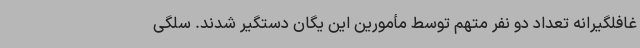
غافلگیرانه تعداد دو نفر متهم توسط مأمورین این یگان دستگیر شدند. سلگی